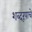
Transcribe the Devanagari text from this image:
शब्दरूपाचे